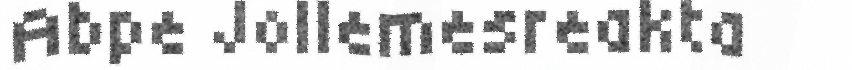
Abpe Jollemesreakta